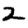
Digit: 2